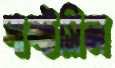
পান্টসিল